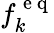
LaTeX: f_{k}^{\mathrm{~e~q~}}